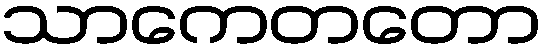
သာကေတတော